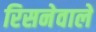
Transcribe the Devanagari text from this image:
रिसनेवाले